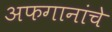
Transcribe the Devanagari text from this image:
अफगानांचे